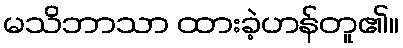
မသိဘာသာ ထားခဲ့ဟန်တူ၏။